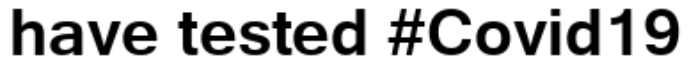
have tested #Covid19